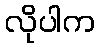
လိုပါက